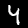
Digit: 4